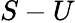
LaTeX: S-U